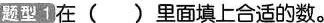
题型1 在（ ）里面填上合适的数。